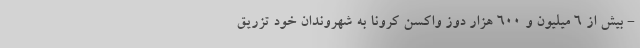
- بیش از 6 میلیون و 600 هزار دوز واکسن کرونا به شهروندان خود تزریق